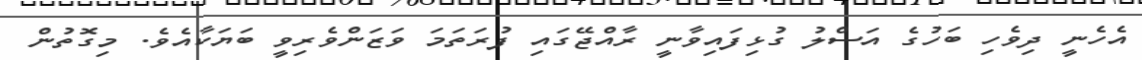
އެހެނީ ދިވެހި ބަހުގެ އަސްލު ގުޅިފައިވާނީ ރާއްޖޭގައި ފުރަތަމަ ވަޒަންވެރިވީ ބަޔަކާއެވެ. މިގޮތުން